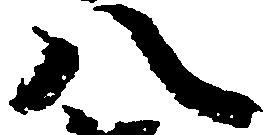
八